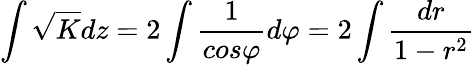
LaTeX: \int\sqrt{K}dz=2\int\frac{1}{cos\varphi}d\varphi=2\int\frac{dr}{1-r^{2}}